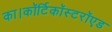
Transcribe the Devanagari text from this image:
का।कॉर्टिकॉस्टरॉएड